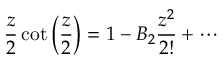
{ \frac { z } { 2 } } \cot \left( { \frac { z } { 2 } } \right) = 1 - B _ { 2 } { \frac { z ^ { 2 } } { 2 ! } } + \cdots \qquad